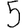
Digit: 5